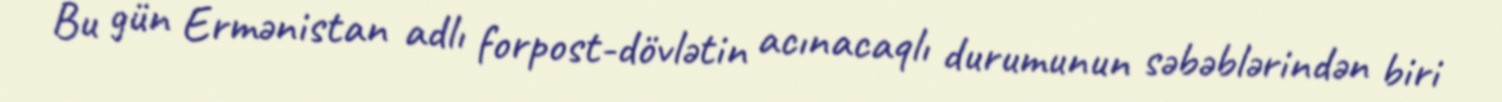
Bu gün Ermənistan adlı forpost-dövlətin acınacaqlı durumunun səbəblərindən biri